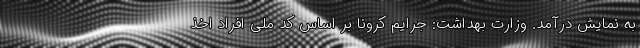
به نمایش درآمد. وزارت بهداشت: جرایم کرونا بر اساس کد ملی افراد اخذ